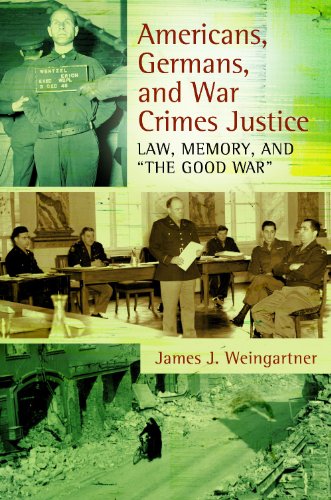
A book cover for Americans, Germans, and War Crimes Justice: Law, Memory, and "The Good War"; James J. Weingartner; History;